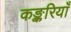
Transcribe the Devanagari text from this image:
कङ्करियाँ